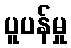
ပူပန်မှု